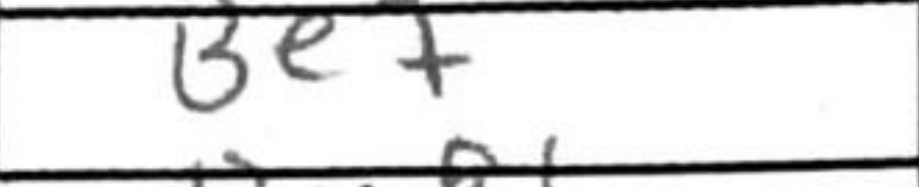
Transcription: Be7